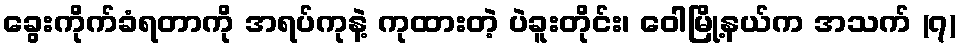
ခွေးကိုက်ခံရတာကို အရပ်ကုနဲ့ ကုထားတဲ့ ပဲခူးတိုင်း၊ ဝေါမြို့နယ်က အသက် (၇)